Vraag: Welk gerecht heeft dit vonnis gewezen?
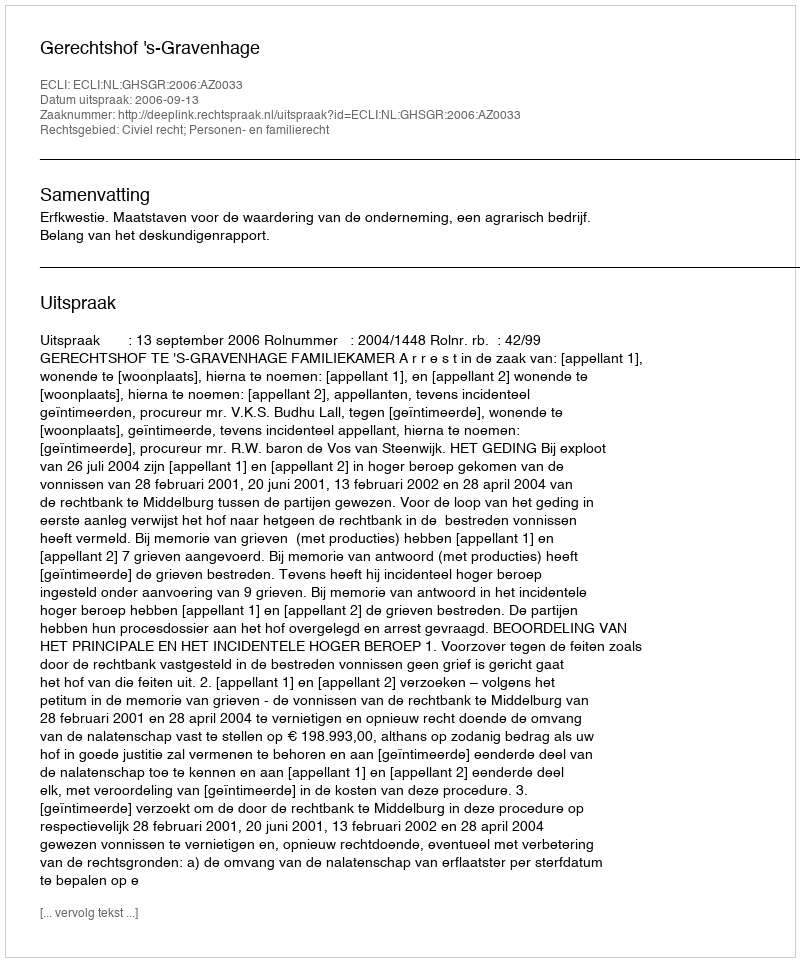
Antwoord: Gerechtshof 's-Gravenhage